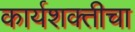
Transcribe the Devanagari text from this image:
कार्यशक्तीचा